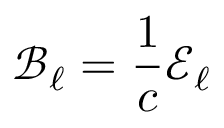
\mathcal { B } _ { \ell } = \frac { 1 } { c } \mathcal { E } _ { \ell }